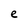
Character: e